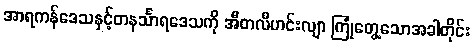
အာရကန်ဒေသနှင့်တနင်္သာရဒေသကို အီတလီဟင်းလျာ ကြုံတွေ့သောအခါတိုင်း